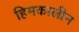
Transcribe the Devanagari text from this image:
हिमकालीन